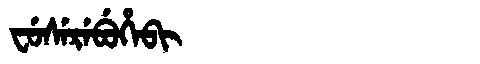
Manchu: ᠸᡠᠰᡝᡵᡝᠪᡠᡥᡝᠪᡳ
Romanization: FUSEREBUHEBI